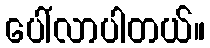
ပေါ်လာပါတယ်။